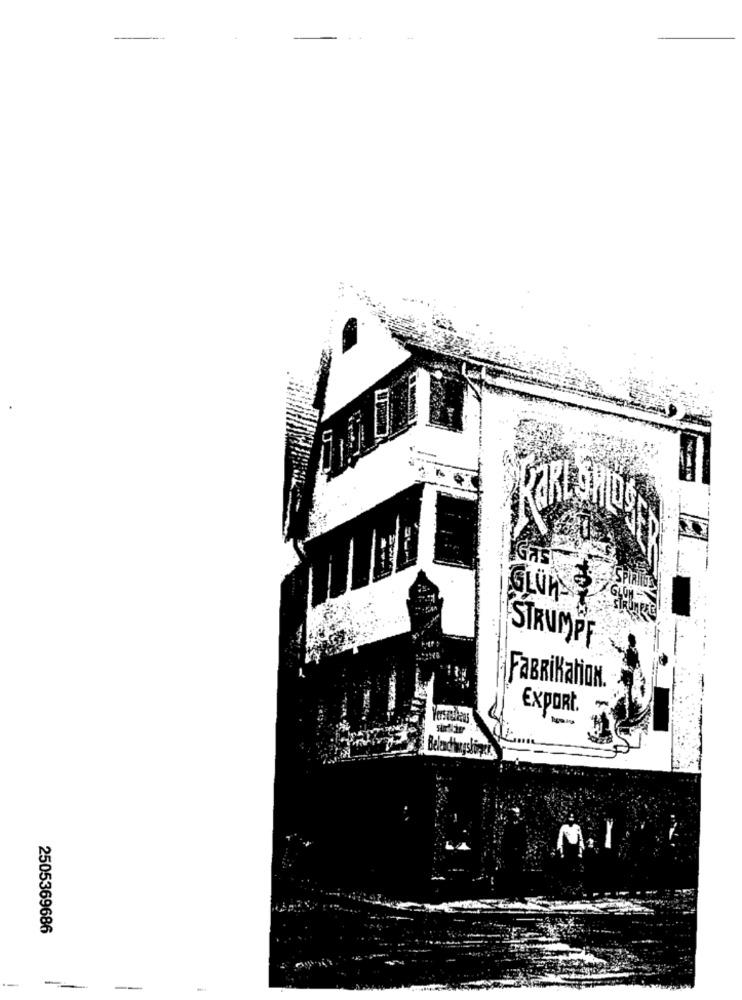
IGAS!
SPIR
GLun -?
STRUMPF
FABRIKatiON.
ExPORt.
2505369686
-